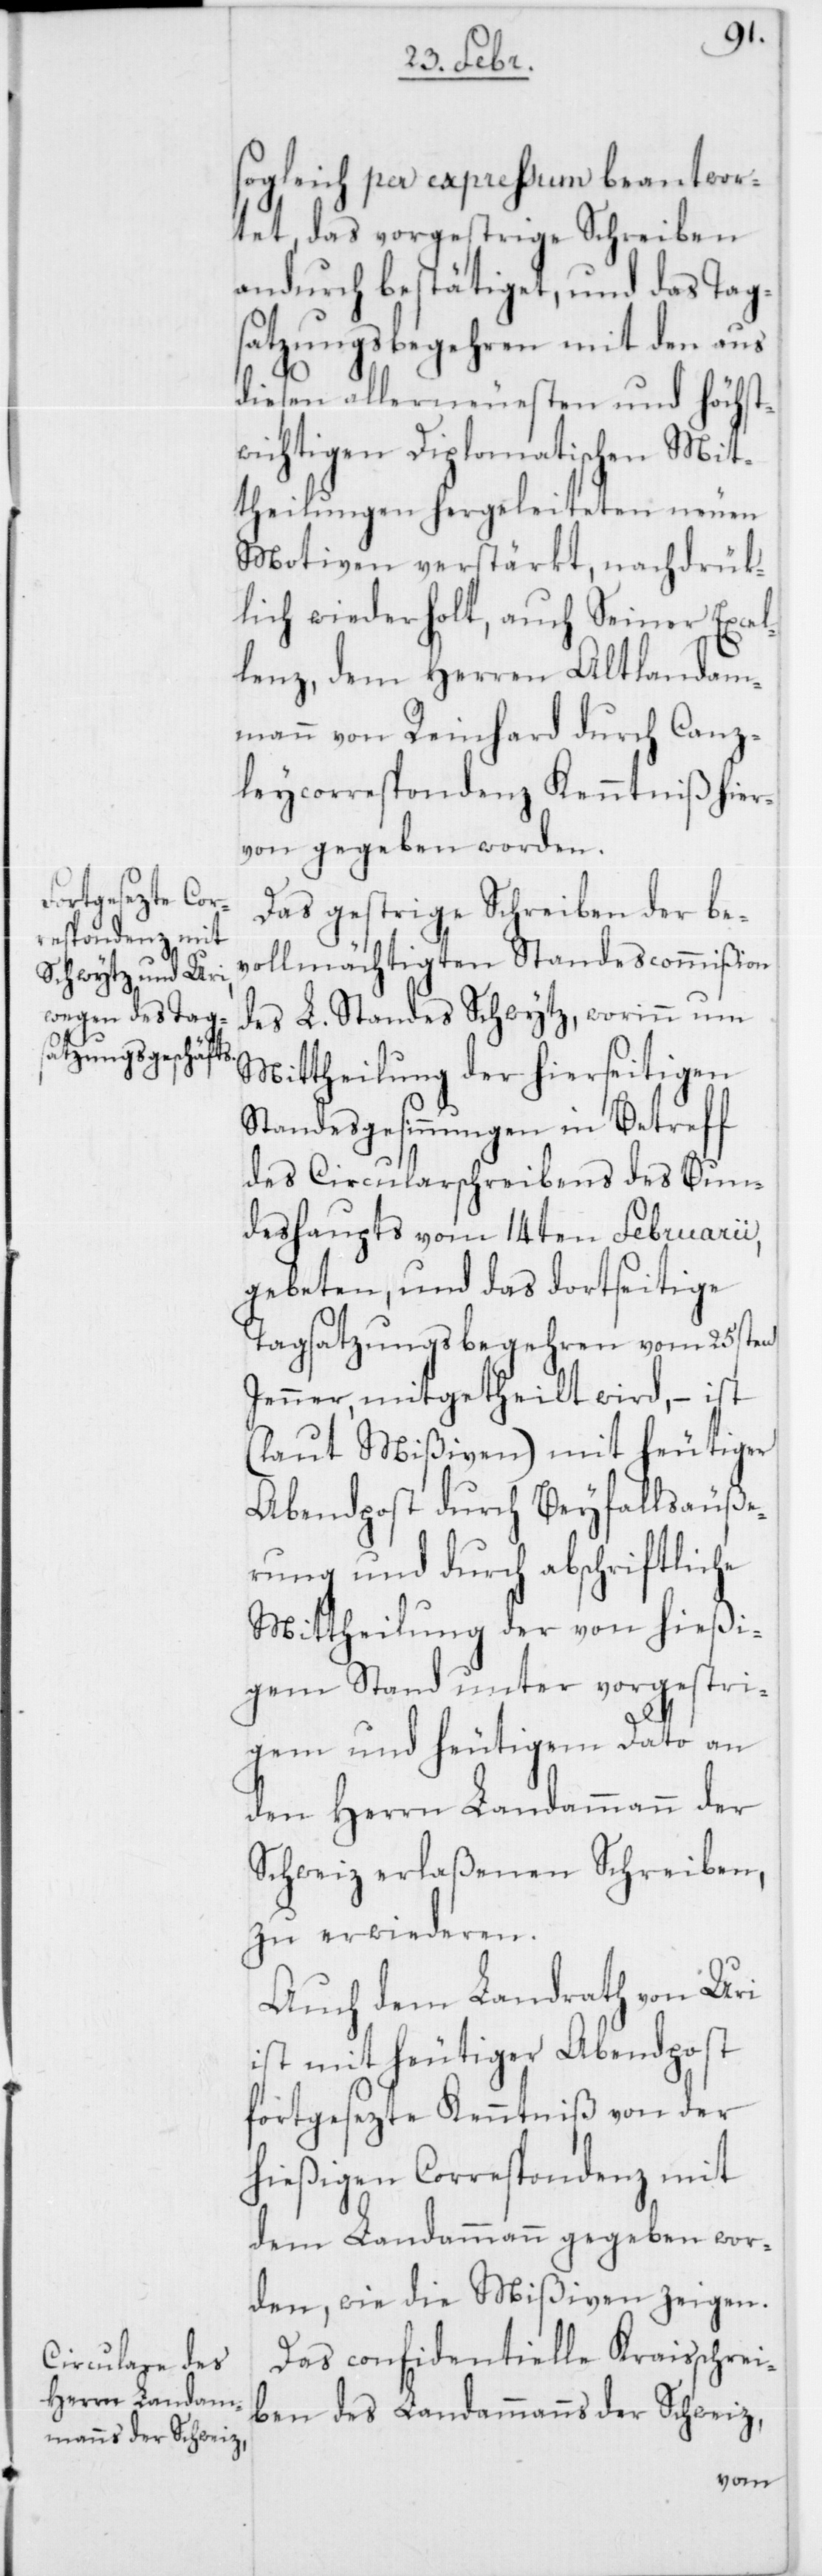
sogleich per expressum beantwor¬
tet, das vorgestrige Schreiben
andurch bestätiget, und das Tag¬
satzungsbegehren mit den aus
diesen allerneuesten und höchst¬
wichtigen Diplomatischen Mit¬
theilungen hergeleiteten neuen
Motiven verstärkt, nachdrük¬
lich wiederholt, auch Seiner Excel¬
lenz, dem Herren Altlandam¬
mann von Reinhard durch Canz¬
leycorrespondenz Kenntniß hier¬
von gegeben worden.
Das gestrige Schreiben der be¬
vollmächtigten Standescommißion
des L. Standes Schwytz, worinn um
Mittheilung der hierseitigen
Standesgesinnungen in Betreff
des Circularschreibens des Bun¬
deshaupts vom 14ten Februarii,
gebeten, und das dortseitige
Tagsatzungsbegehren vom 25sten
Jenner, mitgetheilt wird, – ist
(laut Mißiven) mit heutiger
Abendpost durch Beyfallsäuße¬
rung und durch abschriftliche
Mittheilung der von hießi¬
gem Stand unter vorgestri¬
gem und heutigem Dato an
den Herren Landammann der
Schweiz erlaßenen Schreiben,
zu erwiederen.
Auch dem Landrath von Uri
ist mit heutiger Abendpost
fortgesezte Kenntniß von der
hießigen Correspondenz mit
dem Landammann gegeben wor¬
den, wie die Mißiven zeigen.
Das confidentielle Kraisschrei¬
ben des Landammanns der Schweiz,